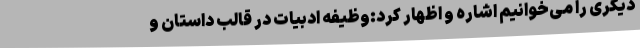
دیگری را می‌خوانیم اشاره و اظهار کرد:وظیفه ادبیات در قالب داستان و